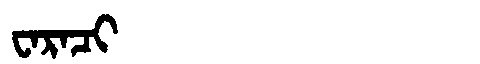
Manchu: ᠸᠠᡵᠠᠴᡳ
Romanization: WARACI